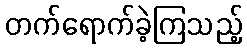
တက်ရောက်ခဲ့ကြသည့်